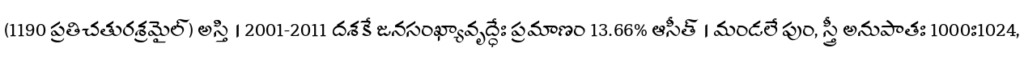
(1190 ప్రతిచతురశ్రమైల్) అస్తి । 2001-2011 దశకే జనసంఖ్యావృద్ధేః ప్రమాణం 13.66% ఆసీత్ । మండలే పుం, స్త్రీ అనుపాతః 1000ః1024,